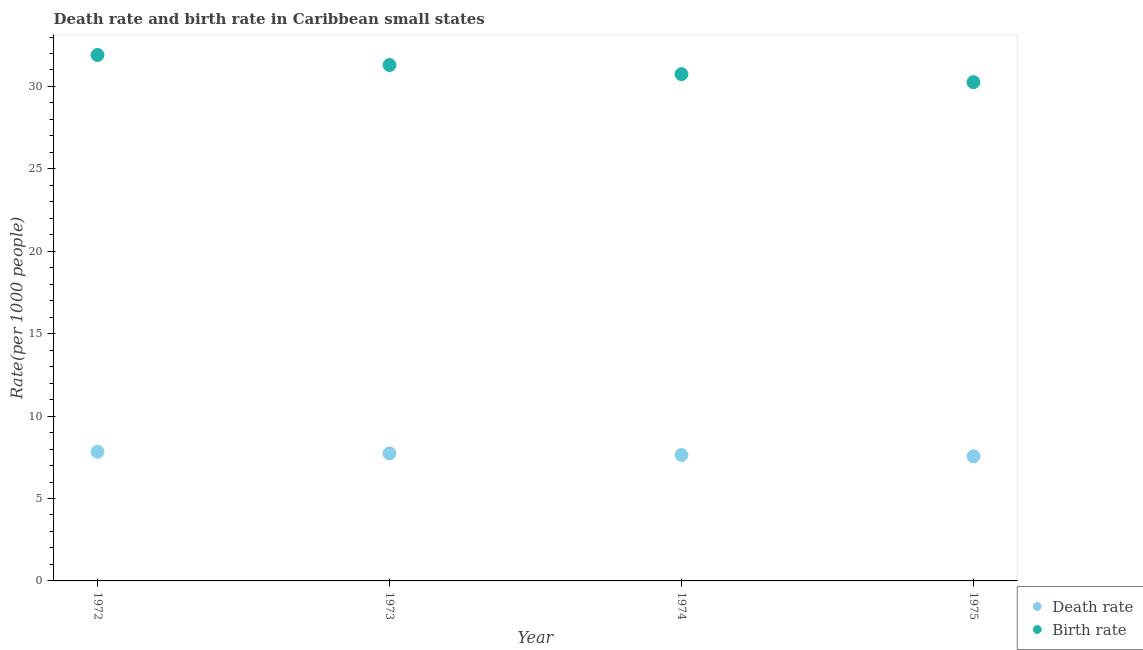
| Year | Death rate | Birth rate |
 | --- | --- | --- |
 | 1972 | 7.84 | 31.9 |
 | 1973 | 7.73 | 31.3 |
 | 1974 | 7.64 | 30.7 |
 | 1975 | 7.56 | 30.3 |